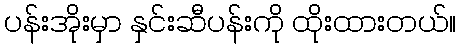
ပန်းအိုးမှာ နှင်းဆီပန်းကို ထိုးထားတယ်။